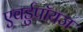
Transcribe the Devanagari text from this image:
एवर्डुपॉयज